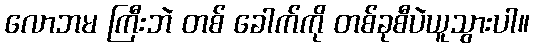
လောဘမ ကြီးဘဲ တစ် ခေါက်ကို တစ်ခုစီပဲယူသွားပါ။